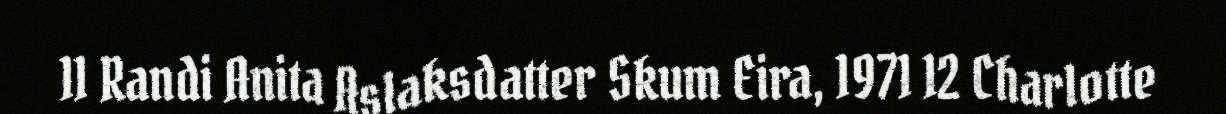
11 Randi Anita Aslaksdatter Skum Eira, 1971 12 Charlotte